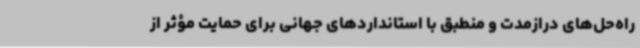
راه‌حل‌های درازمدت و منطبق با استانداردهای جهانی برای حمایت مؤثر از